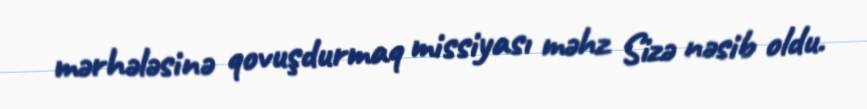
mərhələsinə qovuşdurmaq missiyası məhz Sizə nəsib oldu.